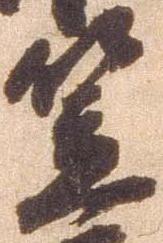
笠